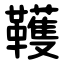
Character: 韄